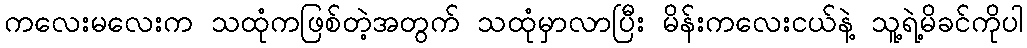
ကလေးမလေးက သထုံကဖြစ်တဲ့အတွက် သထုံမှာလာပြီး မိန်းကလေးငယ်နဲ့ သူ့ရဲ့မိခင်ကိုပါ